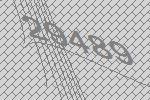
29489